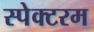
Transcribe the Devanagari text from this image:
स्पेक्टरम